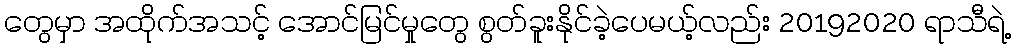
တွေမှာ အထိုက်အသင့် အောင်မြင်မှုတွေ စွတ်ခူးနိုင်ခဲ့ပေမယ့်လည်း 20192020 ရာသီရဲ့